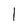
Character: l